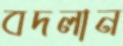
বদলান